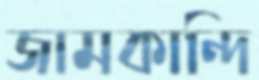
জামকান্দি